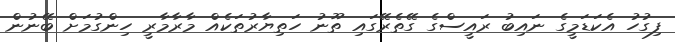
ފިގުހު އެކަޑަމީގެ ނައިބު ރައީސްގެ ގޭތެރޭގައި ތޫނު ހަތިޔާރުތަކެއް މާރާމާރީ ހިންގުމަށް ބޭނުން